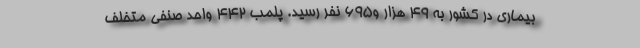
بیماری در کشور به ۴۹ هزار و۶۹۵ نفر رسید. پلمب 442 واحد صنفی متخلف